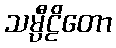
သမ္ပီဠိတော